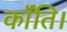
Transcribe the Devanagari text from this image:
कॉंति।